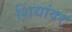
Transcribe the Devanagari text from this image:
शिंद्यांवर